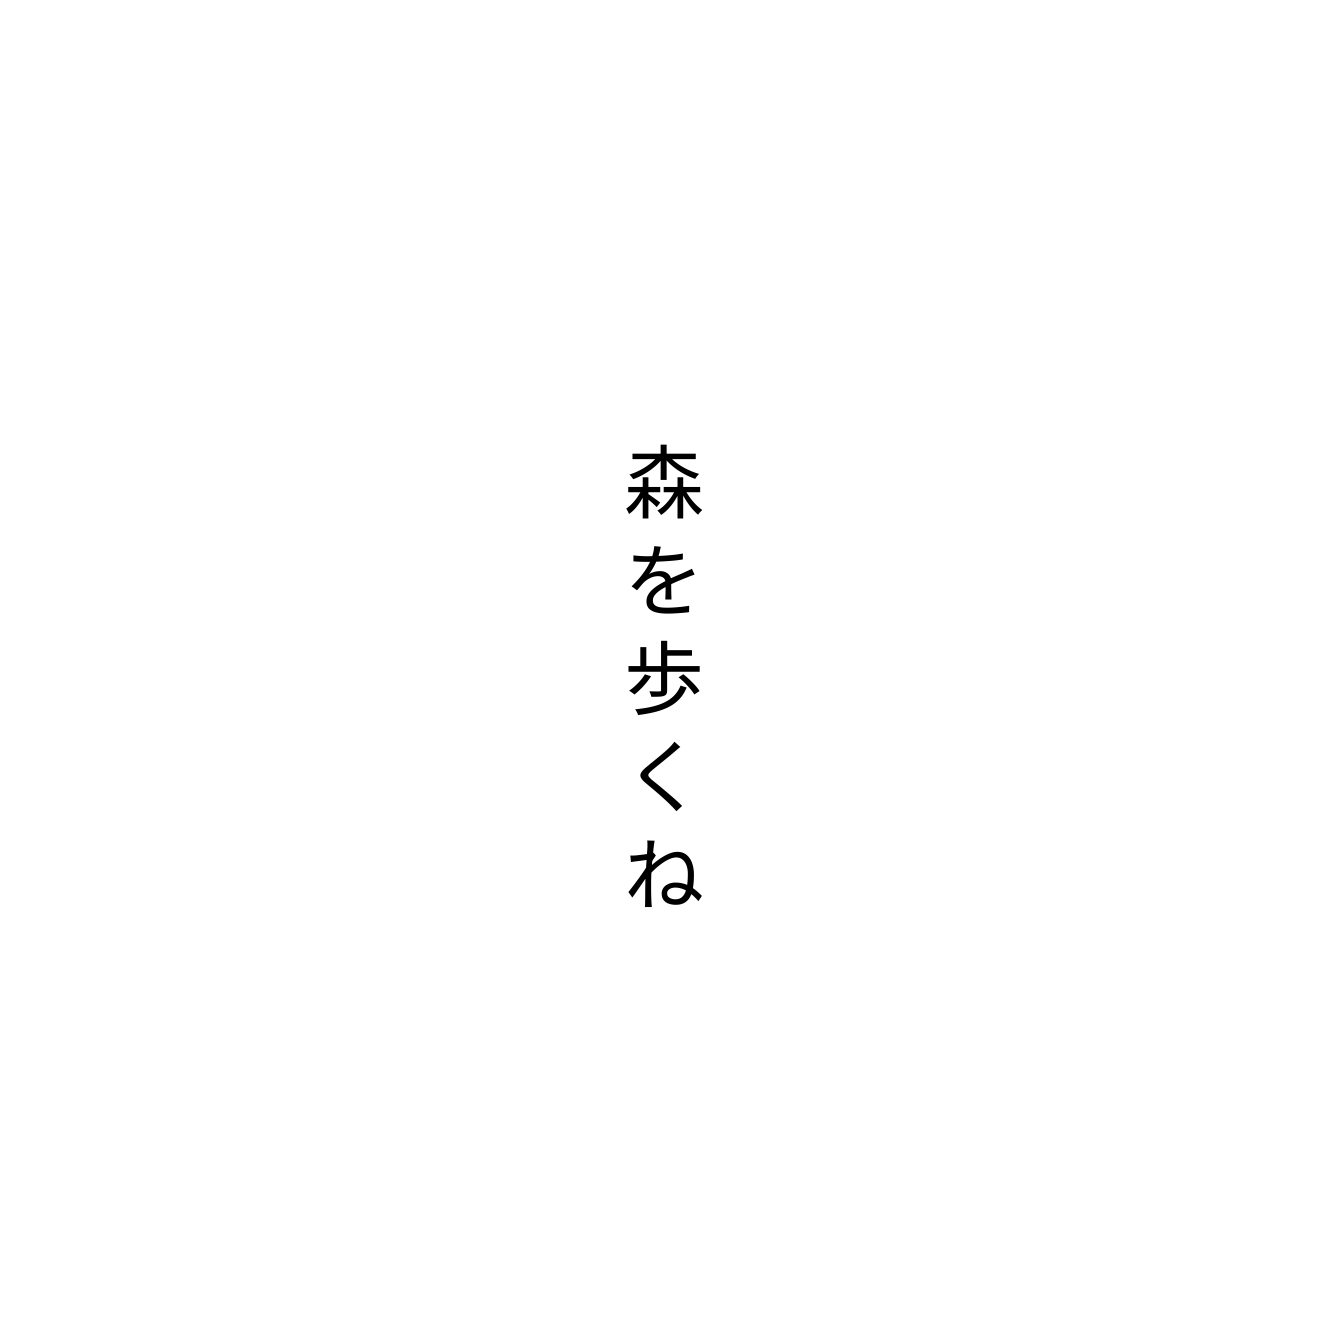
森を歩くね